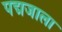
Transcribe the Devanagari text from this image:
पद्मजाला